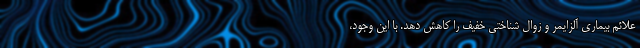
علائم بیماری آلزایمر و زوال شناختی خفیف را کاهش دهد. با این وجود،